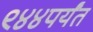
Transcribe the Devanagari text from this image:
९४४पर्यंत